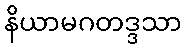
နိယာမဂတဒ္ဒသာ